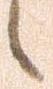
候